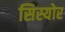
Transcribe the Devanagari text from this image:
सिस्योर